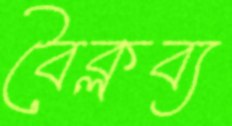
বৈক্লব্য